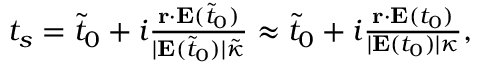
\begin{array} { r } { t _ { s } = \tilde { t } _ { 0 } + i \frac { \mathbf { r } \cdot \mathbf { E } ( \tilde { t } _ { 0 } ) } { | \mathbf { E } ( \tilde { t } _ { 0 } ) | \tilde { \kappa } } \approx \tilde { t } _ { 0 } + i \frac { \mathbf { r } \cdot \mathbf { E } ( t _ { 0 } ) } { | \mathbf { E } ( t _ { 0 } ) | \kappa } , } \end{array}